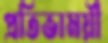
প্রতিভাময়ী